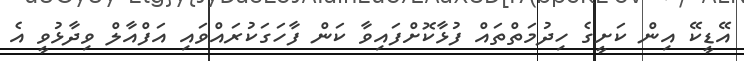
އޭޑީކޭ އިން ކަށީގެ ހިދުމަތްތައް ފުޅާކޮށްފައިވާ ކަން ފާހަގަކުރައްވައި އަފްއާލް ވިދާޅުވީ އެ